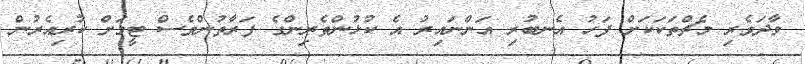
ވާދަވެރި މެޗްތަކަކަށް ފަހު އެނބުރި އަންނައިރު އެ ކުޅުންތެރިންގެ ފަރާތުންވެސް ޓީމަށް ކުރިއެރުން